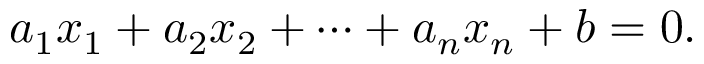
a _ { 1 } x _ { 1 } + a _ { 2 } x _ { 2 } + \cdots + a _ { n } x _ { n } + b = 0 .